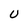
Character: U